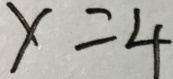
X = 4